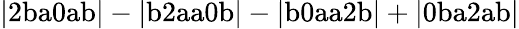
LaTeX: \mathrm{|2ba0ab|-|b2aa0b|-|b0aa2b|+|0ba2ab|}